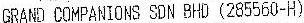
GRAND COMPANIONS SDN BHD(285560-H)